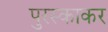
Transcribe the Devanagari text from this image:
पुरस्काकर